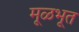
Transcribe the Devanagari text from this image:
मूळभूत